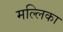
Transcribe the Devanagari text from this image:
मल्‍लिका